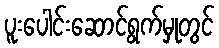
ပူးပေါင်းဆောင်ရွက်မှုတွင်